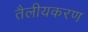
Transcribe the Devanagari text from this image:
तैलीयकरण